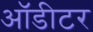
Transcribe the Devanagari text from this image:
ऑडीटर